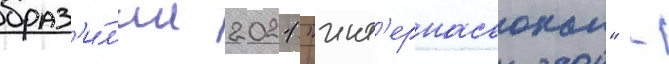
браз'и́л'ии 2021 "инт'ернасьонал" -